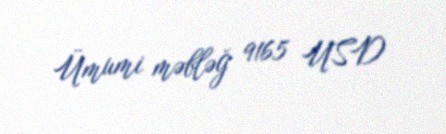
Ümumi məbləğ 9165 USD